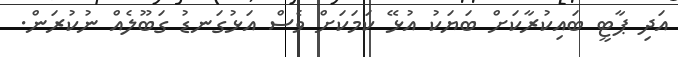
އަދި ޕާޓީ ބައިކުރާކަށް ބަޔަކު އުޅޭ ކަމަކަށް ވެސް އަޅުގަނޑު ގަބޫލެއް ނުކުރަން.